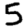
Digit: 5